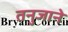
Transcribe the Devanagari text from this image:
तनुजाने